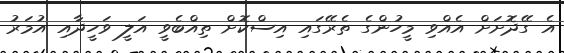
އެ ގޭދޮށަށް އެއްވި މީހުންގެ ތެރޭގައި އިސްކޮށް ތިއްބެވީ އަލީ ވަހީދާއި އުމަރު